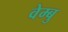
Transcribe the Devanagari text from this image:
वेम्बु